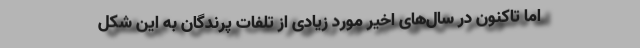
اما تاکنون در سال‌های اخیر مورد زیادی از تلفات پرندگان به این شکل